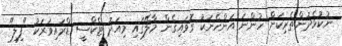
ނުކުޅެދުންތެރިކަން ހުންނަ އަންހެނަކު ގޮވައިގެން މާލޭގައި މިއަދު ޓެކްސީ ޑްރައިވަރަކު "ފިލި"